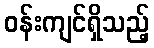
ဝန်းကျင်ရှိသည့်